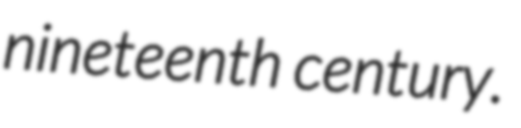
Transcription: nineteenth century.